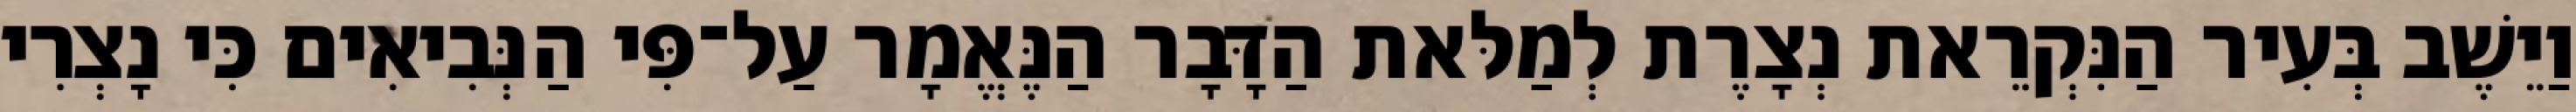
וַיֵשֶׁב בְּעִיר הַנִּקְרֵאת נְצָרֶת לְמַלּאת הַדָּבָר הַנֶּאֱמָר עַל־פִּי הַנְּבִיאִים כִּי נָצְרִי